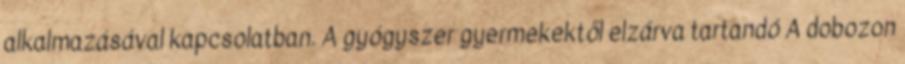
alkalmazásával kapcsolatban. A gyógyszer gyermekektől elzárva tartandó A dobozon